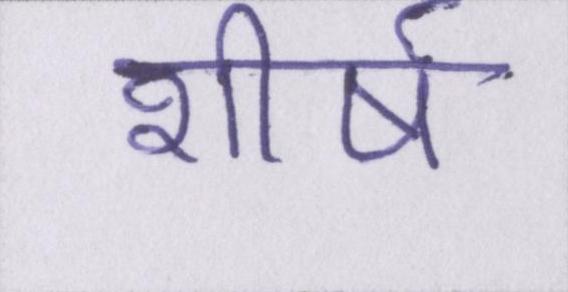
शीर्ष